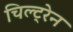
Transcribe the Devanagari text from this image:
चिल्ट्रेन